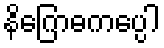
နိဂြောဓကပ္ပေါ